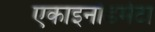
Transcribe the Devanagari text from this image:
एकाइनोडर्मेटा